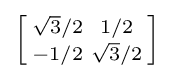
\left[{\begin{smallmatrix}{\sqrt {3}}/2&1/2\\-1/2&{\sqrt {3}}/2\\\end{smallmatrix}}\right]